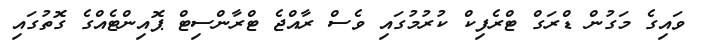
ވައިގެ މަގުން ޑްރަގް ޓްރެފިކް ކުރުމުގައި ވެސް ރާއްޖެ ޓްރާންސިޓް ޕޮއިންޓެއްގެ ގޮތުގައި